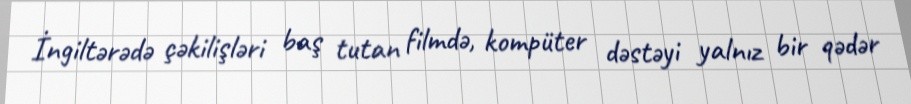
İngiltərədə çəkilişləri baş tutan filmdə, kompüter dəstəyi yalnız bir qədər